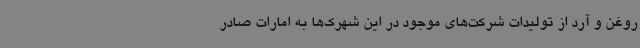
روغن و آرد از تولیدات شرکت‌های موجود در این شهرک‌ها به امارات صادر